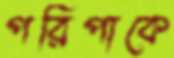
পরিপাকে